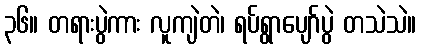
၃၆။ တရားပွဲကား လူကျဲတဲ၊ ရပ်ရွာပျော်ပွဲ တသဲသဲ။